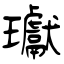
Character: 瓛